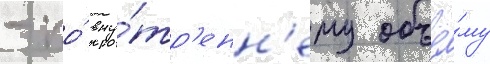
- по́ вну́тр'енн'ему объё́му